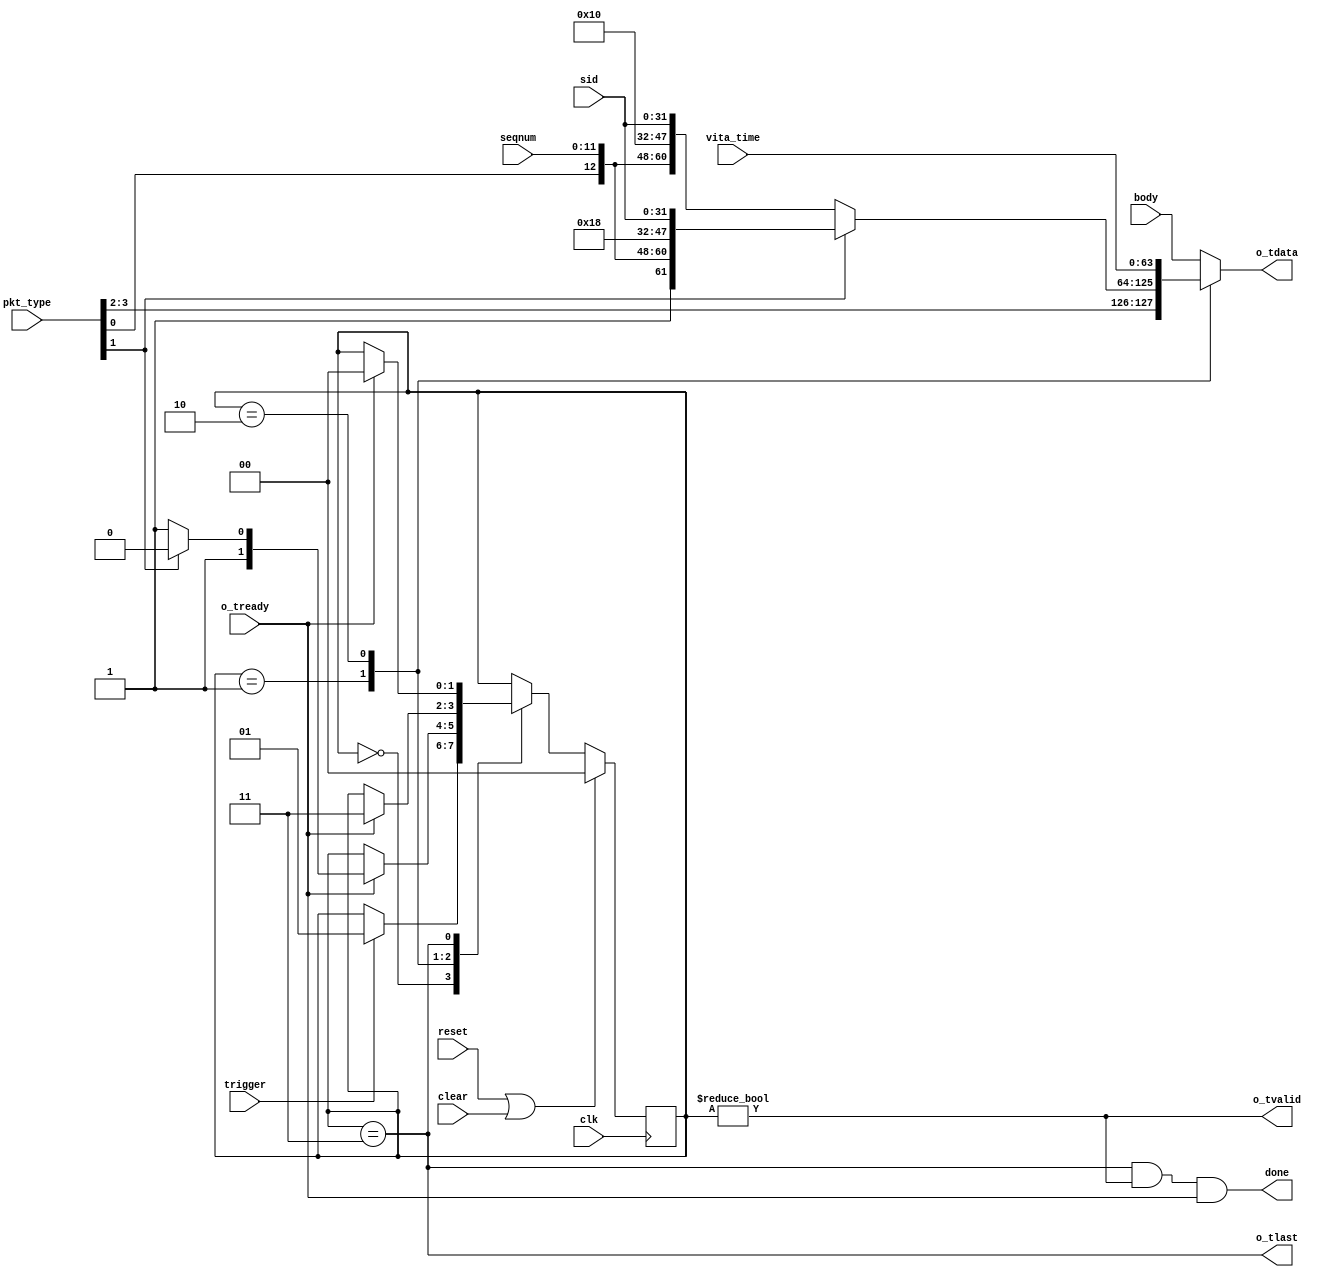
//
// Copyright 2014 Ettus Research LLC
//

module context_packet_gen
   (input clk, input reset, input clear,
    input trigger,
    input [3:0] pkt_type,
    input [11:0] seqnum,
    input [31:0] sid,
    input [63:0] body,
    input [63:0] vita_time,
    
    output done,
    output reg [63:0] o_tdata, output o_tlast, output o_tvalid, input o_tready);
   
   reg [1:0] 	      cp_state;
   localparam CP_IDLE = 2'd0;
   localparam CP_HEAD = 2'd1;
   localparam CP_TIME = 2'd2;
   localparam CP_DATA = 2'd3;

   wire 	      USE_TIME = pkt_type[1];
   
   always @(posedge clk)
     if(reset|clear)
       cp_state <= CP_IDLE;
     else
       case(cp_state)
	 CP_IDLE :
	   if(trigger)
	     cp_state <= CP_HEAD;
	 CP_HEAD :
	   if(o_tready)
	     if(USE_TIME)
	       cp_state <= CP_TIME;
	     else
	       cp_state <= CP_DATA;
	 CP_TIME :
	   if(o_tready)
	     cp_state <= CP_DATA;
	 CP_DATA :
	   if(o_tready)
	     cp_state <= CP_IDLE;
       endcase // case (cp_state)

   assign o_tvalid = (cp_state != CP_IDLE);
   assign o_tlast = (cp_state == CP_DATA);

   always @*
     case(cp_state)
       CP_HEAD : 
	 if(USE_TIME == 1)
	   o_tdata <= { pkt_type, seqnum, 16'd24, sid };
	 else
	   o_tdata <= { pkt_type, seqnum, 16'd16, sid };
       CP_TIME : o_tdata <= vita_time;
       CP_DATA : o_tdata <= body;
       default : o_tdata <= body;
     endcase // case (cp_state)

   assign done = o_tlast & o_tvalid & o_tready;
   
endmodule // context_packet_gen